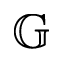
\mathbb { G }